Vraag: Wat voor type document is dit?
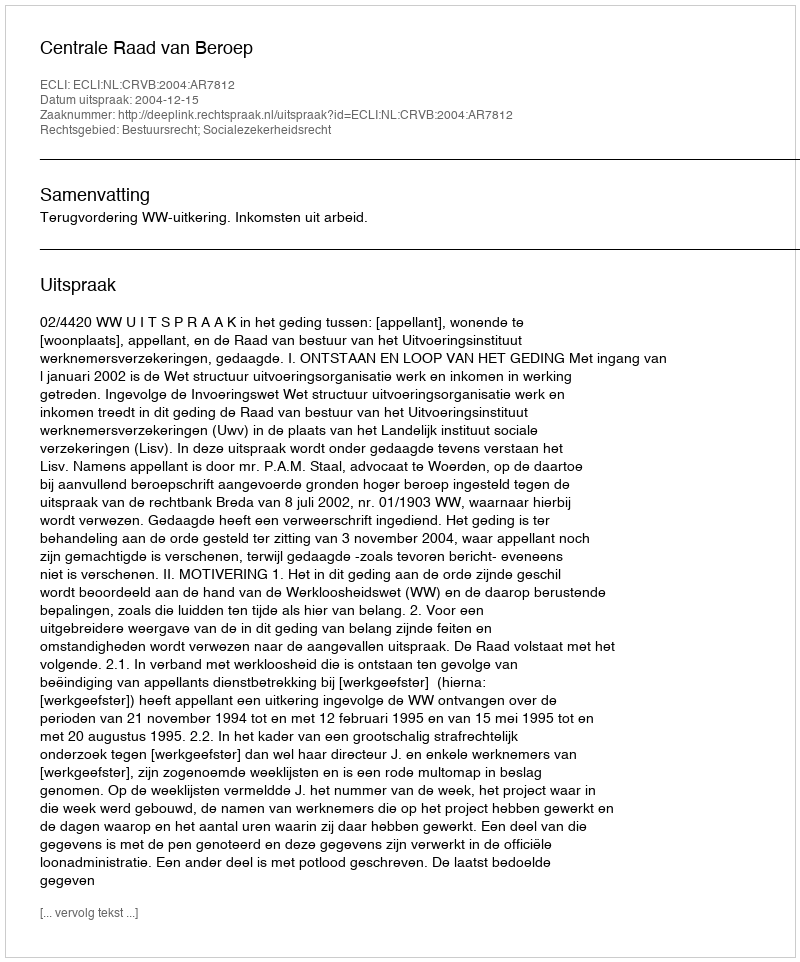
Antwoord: Uitspraak